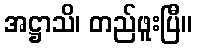
အဋ္ဌာသိ၊ တည်ဖူးပြီ။